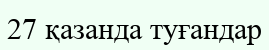
27 қазанда туғандар